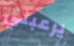
يرعبني